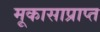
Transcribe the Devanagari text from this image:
मूकासाप्राप्त